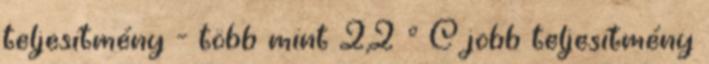
teljesítmény - több mint 2,2 ° C jobb teljesítmény